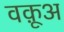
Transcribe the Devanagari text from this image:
वक़ूअ